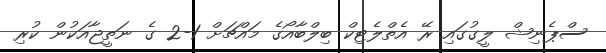
ސްޕެނިޝް ލީގުގައި ރޭ އެތްލެޓިކް ބިލްބާއޯގެ މައްޗަށް 1-2 ގެ ނަތީޖާއަކުން ކުރި